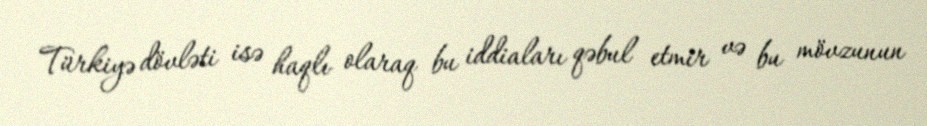
Türkiyə dövləti isə haqlı olaraq bu iddiaları qəbul etmir və bu mövzunun